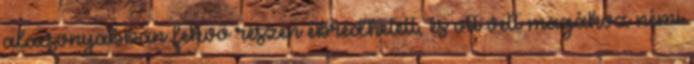
alacsonyabban fekvő részén ébredhetett, és ott vett magához némi